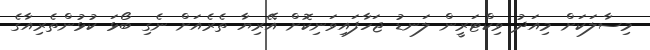
މިސާލަކަށް މިއަދު ވިކްޓަރީން ލަނޑު ޖަހާފައިވަނިކޮށް އޭރިޔާ ތެރެއަށް ނެގި ބޯޅަ ކުޅުންތެރިއާގެ